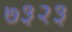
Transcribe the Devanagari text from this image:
७३२३